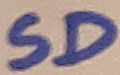
Text: SD